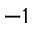
- 1